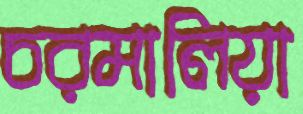
চরমালিয়া